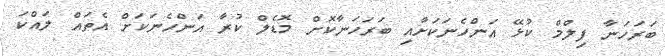
ބަރަހަނާ ފިލްމް ކުޅޭ އަންހެނަކަށާއި ބަރަހަނާކޮށް މޮޑެލް ކުރާ އަންހެނަކަށް އެތައް ލައްކަ